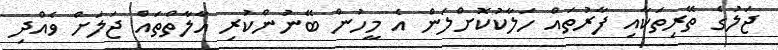
ޖަލުގެ ތޭރިތަކާއި ފާރުތައް ހަލާކުކޮށްލަން އެ މީހުން ބޭނުންކުރި އާލާތްތައް ޖަލަށް ވެއްދި